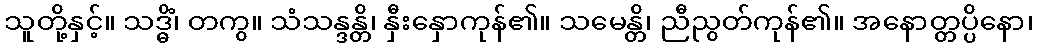
သူတို့နှင့်။ သဒ္ဓိံ၊ တကွ။ သံသန္ဒန္တိ၊ နှီးနှောကုန်၏။ သမေန္တိ၊ ညီညွတ်ကုန်၏။ အနောတ္တပ္ပိနော၊